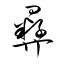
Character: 彝